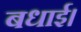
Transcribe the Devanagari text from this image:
बधाई।